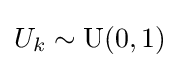
U_{k}\sim \mathrm {U} (0,1)